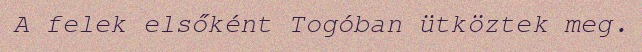
A felek elsőként Togóban ütköztek meg.